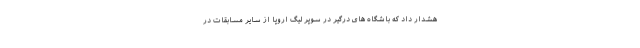
هشدار داد که باشگاه های درگیر در سوپر لیگ اروپا از سایر مسابقات در